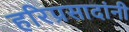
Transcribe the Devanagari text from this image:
हरिप्रसादांनी